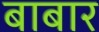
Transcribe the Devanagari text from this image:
बाबार